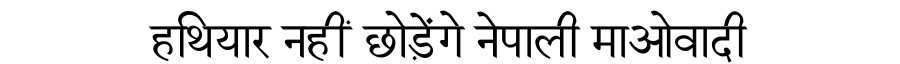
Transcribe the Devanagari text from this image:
हथियार नहीं छोड़ेंगे नेपाली माओवादी